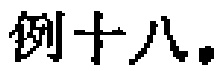
例十八.